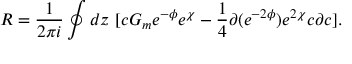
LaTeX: R = \frac { 1 } { 2 \pi i } \oint d z ~ [ c G _ { m } e ^ { - \phi } e ^ { \chi } - \frac { 1 } { 4 } \partial ( e ^ { - 2 \phi } ) e ^ { 2 \chi } c \partial c ] .